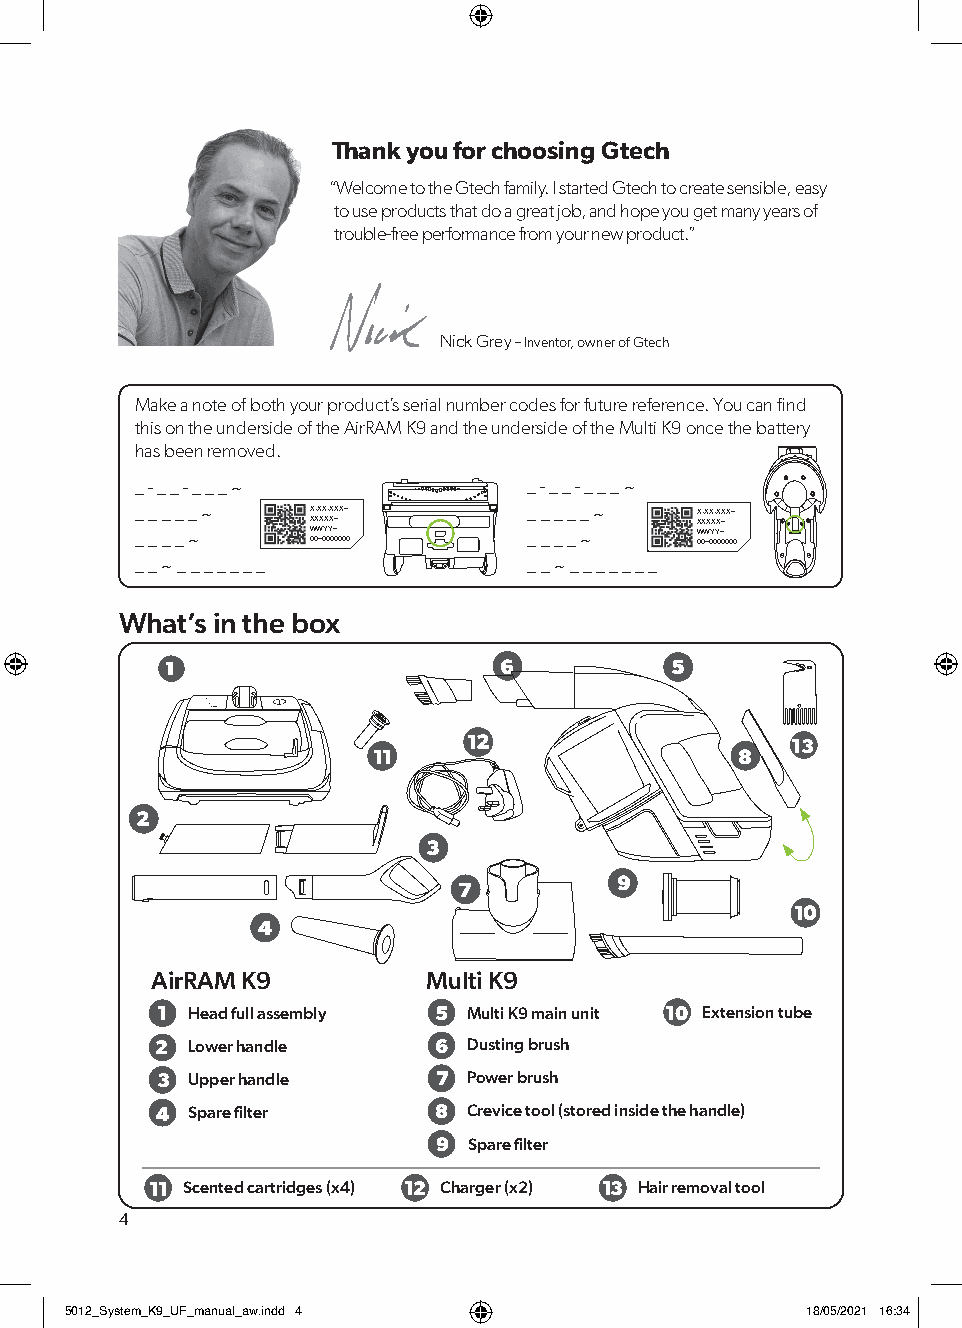
Thank you for choosing Gtech
 “Welcome to the Gtech family. I started Gtech to create sensible, easy
 to use products that do a great job, and hope you get many years of
 trouble-free performance from your new product.”
 Nick Grey – Inventor, owner of Gtech
 Make a note of both your product’s serial number codes for future reference. You can find
 this on the underside of the AirRAM K9 and the underside of the Multi K9 once the battery
 has been removed.
 _ - _ _ - _ _ _ ~         _ - _ _ - _ _ _ ~
 _ _ _ _ _ ~ X-XX-XXX~     _ _ _ _ _ ~ X-XX-XXX~
 XXXXX~                   XXXXX~
 _ _ _ _ ~   W 00W ~0Y 0Y 0~ 0000 _ _ _ _ ~ W 00W ~0Y 0Y 0~ 0000
 _ _ ~ _ _ _ _ _ _ _       _ _ ~ _ _ _ _ _ _ _
 What’s in the box
 1                     6          5
 12                   13
 11                      8
 2
 3
 9
 7
 10
 4
 AirRAM K9         Multi K9
 1 Head full assembly 5 Multi K9 main unit 10 Extension tube
 2 Lower handle     6 Dusting brush
 3 Upper handle     7 Power brush
 4 Spare filter     8 Crevice tool (stored inside the handle)
 9 Spare filter
 11 Scented cartridges (x4) 12 Charger (x2) 13 Hair removal tool
 4
 55001122__SSyysstteemm__KK99__UUFF__mmaannuuaall__aaww..iinndddd 44 1188//0055//22002211 1166::3344